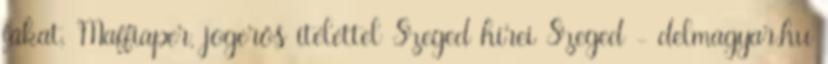
fákat, Maffiaper, jogerős ítélettel Szeged hírei Szeged - delmagyar.hu